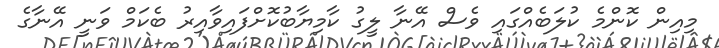
މިއިން ކޮންމެ ކުލަބެއްގައި ވެސް އޭނާ ލީގު ކާމިޔާބުކޮށްފައިވާއިރު ބެކަމް ވަނީ އޭނާގެ